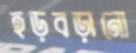
হড়বড়ানো